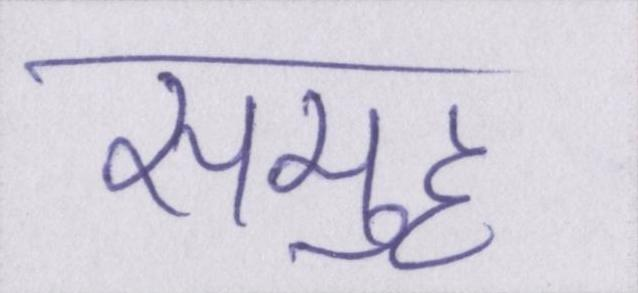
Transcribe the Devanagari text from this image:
समुह